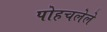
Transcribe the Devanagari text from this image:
पोहचलेले